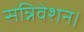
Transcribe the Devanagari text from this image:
सन्निवेशन।